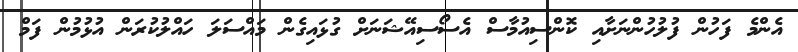
އެންމެ ފަހުން ފުލުހުންނަށާއި ކޮންސިއުމާސް އެސޯސިއޭޝަނަށް ގުޅައިގެން މައްސަލަ ހައްލުކުރަން އުޅުމުން ފަމް